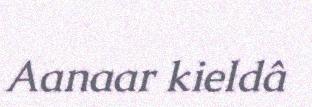
Aanaar kieldâ